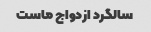
سالگرد ازدواج ماست